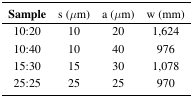
<table><thead><tr><td><b>Sample</b></td><td><b>s (<i>μ</i>m)</b></td><td><b>a (<i>μ</i>m)</b></td><td><b>w (mm)</b></td></tr></thead><tbody><tr><td>10:20</td><td>10</td><td>20</td><td>1,624</td></tr><tr><td>10:40</td><td>10</td><td>40</td><td>976</td></tr><tr><td>15:30</td><td>15</td><td>30</td><td>1,078</td></tr><tr><td>25:25</td><td>25</td><td>25</td><td>970</td></tr></tbody></table>